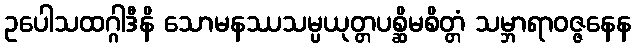
ဥပေါသထဂ္ဂါဒီနိ သောမနဿသမ္ပယုတ္တပစ္ဆိမစိတ္တံ သမ္ဘာရာဝဇ္ဇနေန